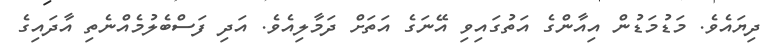
ދިޔައެވެ. މަޑުމަޑުން އިއާންގެ އަތުގައިވި އޭނަގެ އަތަށް ދަމާލިއެވެ. އަދި ފަސްބެލުމެއްނެތި އާދައިގެ